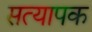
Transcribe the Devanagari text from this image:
सत्यापक